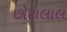
છોટાલાલ